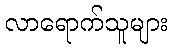
လာရောက်သူများ